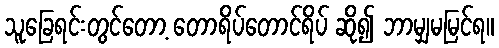
သူခြေရင်းတွင်တော့ တောရိပ်တောင်ရိပ် ဆို၍ ဘာမျှမမြင်ရ။